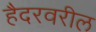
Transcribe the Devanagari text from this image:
हैदरवरील